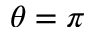
\theta = \pi